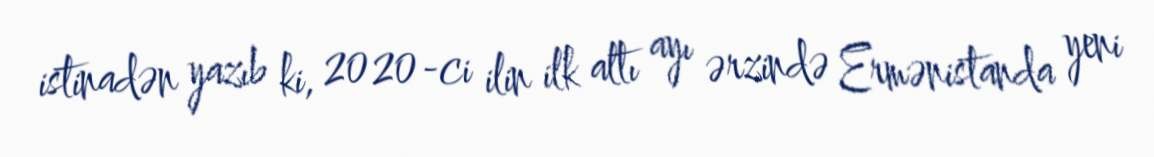
istinadən yazıb ki, 2020-ci ilin ilk altı ayı ərzində Ermənistanda yeni